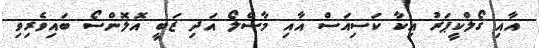
އާއި ގޯލްކީޕަރު އިކާ ކަސިއަސް އާއި މާސެލޯ އަދި ޒަބީ އޮލޮންސޯ ބައިވެރިވި